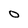
Character: O